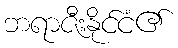
ဘရာဇီးနိုင်ငံ၏